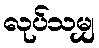
လုပ်သမျှ